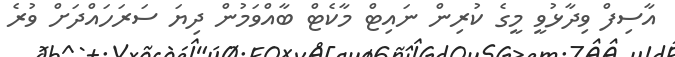
އާސިފް ވިދާޅުވީ މީގެ ކުރިން ނައިޓް މާކެޓް ބާއްވަމުން ދިޔަ ސަރަހައްދަށް ވުރެ